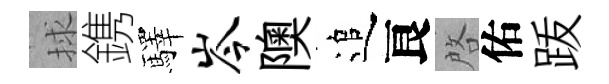
捄鎸驛岑隩追良啓佑䟦